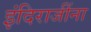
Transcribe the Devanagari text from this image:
इंदिराजींना